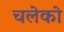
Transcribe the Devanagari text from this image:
चलेको